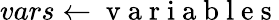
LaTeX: vars\gets\mathrm{~v~a~r~i~a~b~l~e~s~}